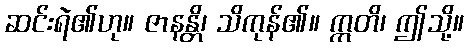
ဆင်းရဲ၏ဟု။ ဇာနန္တိ၊ သိကုန်၏။ ဣတိ၊ ဤသို့။